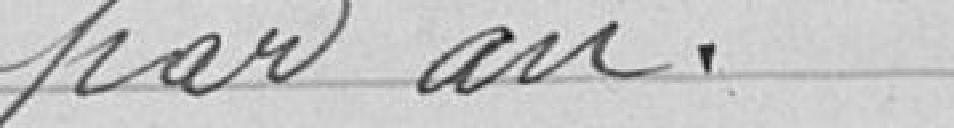
Le Conseil, après en avoir délibéré,